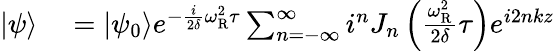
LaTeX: \begin{array}{rl}{\left|\psi\right\rangle}&{{}=\left|\psi_{0}\right\rangle e^{-{\frac{i}{2\delta}}\omega_{\mathrm{R}}^{2}\tau}\sum_{n=-\infty}^{\infty}i^{n}J_{n}\left({\frac{\omega_{\mathrm{R}}^{2}}{2\delta}}\tau\right)e^{i2nkz}}\end{array}